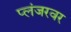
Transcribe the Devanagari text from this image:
प्लंजरवर